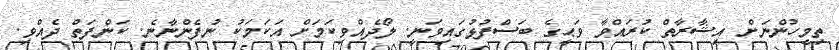
ތިމީހުންނަށް އިޝާރާތް ކުރައްވާ ވަޙީގެ ބަސްފުޅުގައިވަނީ. ލޯދެއްވިކަމަށް އަކަމަކު ނުފެންނާނެ. ކަންފަތް ދެއްވި.